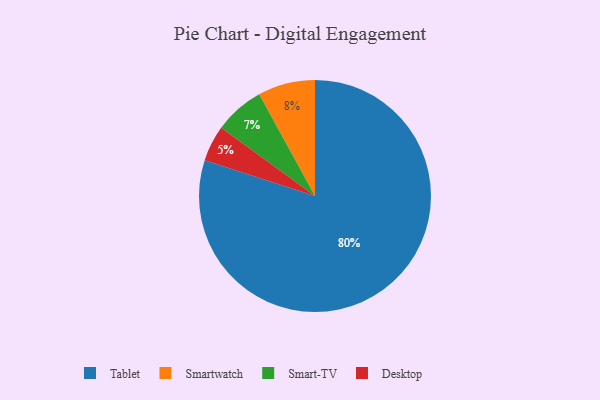
{"axis": {"x": "Category", "y": "Percentage"}, "legend": ["Desktop", "Smart-TV", "Smartwatch", "Tablet"], "data": [{"x": "Desktop", "y": 5, "type": "Desktop"}, {"x": "Smartwatch", "y": 8, "type": "Smartwatch"}, {"x": "Tablet", "y": 80, "type": "Tablet"}, {"x": "Smart-TV", "y": 7, "type": "Smart-TV"}]}